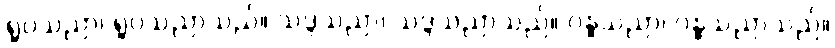
ရူပသညာ၊ ရူပသညာသည်။ သဒ္ဒသညာ၊ သဒ္ဒသညာသည်။ ဂန္ဓသညာ၊ ဂန္ဓသညာသည်။